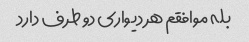
بله موافقم هر دیواری دو طرف دارد